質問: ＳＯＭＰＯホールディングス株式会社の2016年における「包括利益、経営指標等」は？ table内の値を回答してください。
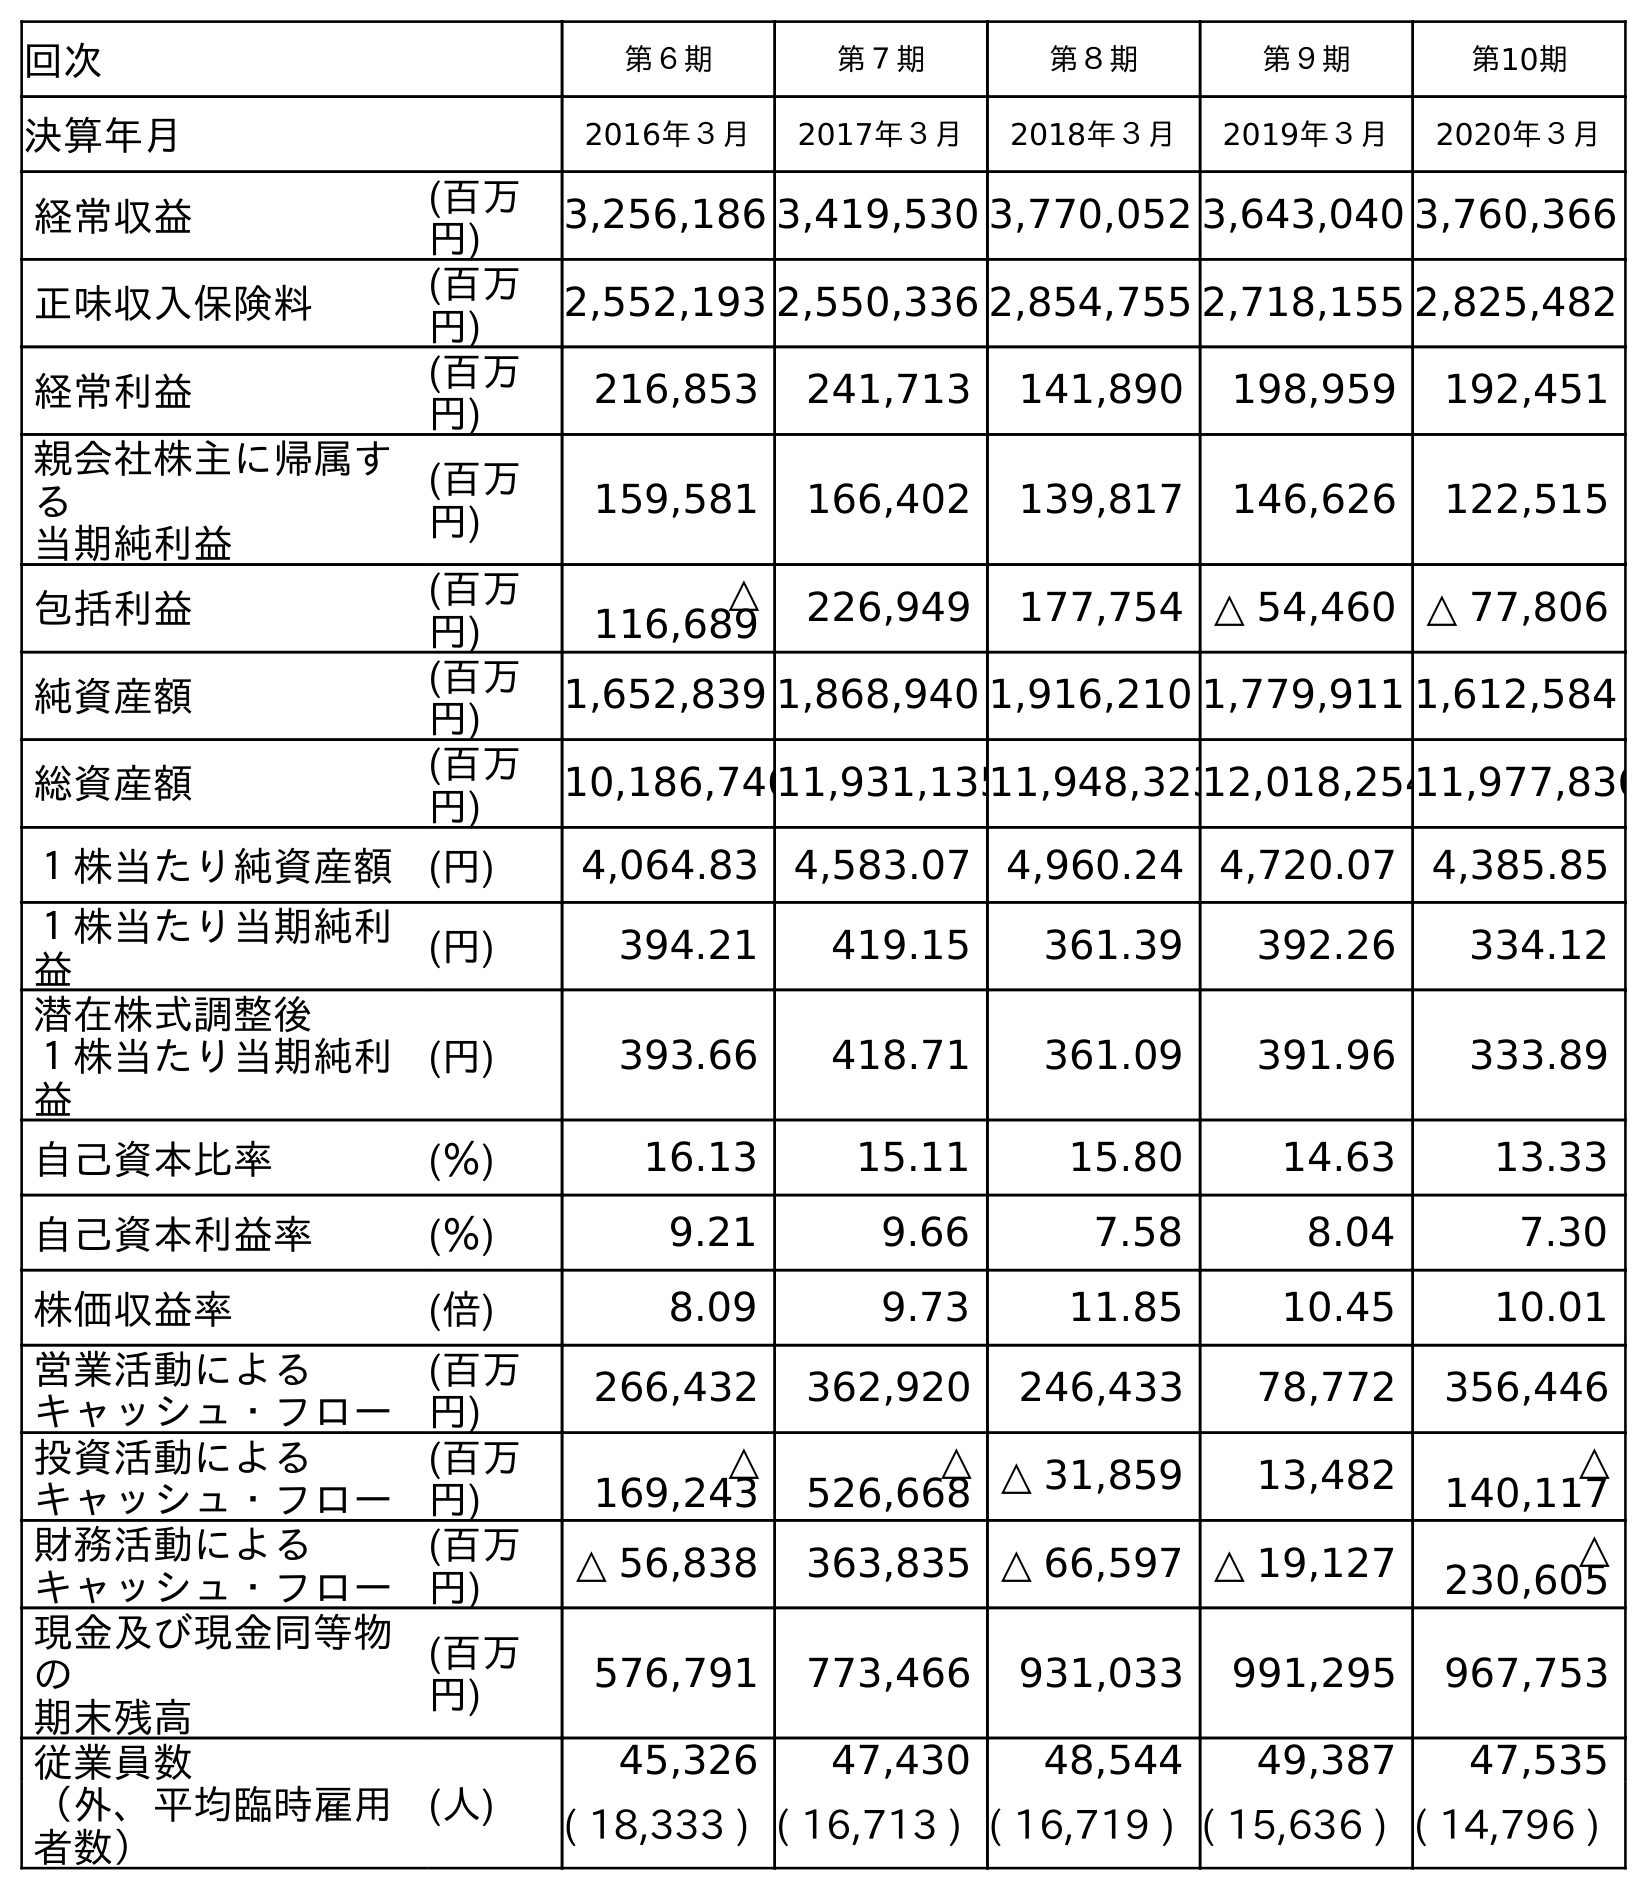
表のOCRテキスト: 回次 第６期 第７期 第８期 第９期 第10期 決算年月 2016年３月 2017年３月 2018年３月 2019年３月 2020年３月 経常収益 (百万 円) 3,256,186 3,419,530 3,770,052 3,643,040 3,760,366 正味収入保険料 (百万 円) 2,552,193 2,550,336 2,854,755 2,718,155 2,825,482 経常利益 (百万 円) 216,853 241,713 141,890 198,959 192,451 親会社株主に帰属す る 当期純利益 (百万 円) 159,581 166,402 139,817 146,626 122,515 包括利益 (百万 円) △ 116,689 226,949 177,754 △ 54,460 △ 77,806 純資産額 (百万 円) 1,652,839 1,868,940 1,916,210 1,779,911 1,612,584 総資産額 (百万 円) 10,186,74611,931,13511,948,32312,018,25411,977,836 １株当たり純資産額 (円) 4,064.83 4,583.07 4,960.24 4,720.07 4,385.85 １株当たり当期純利 益 (円) 394.21 419.15 361.39 392.26 334.12 潜在株式調整後 １株当たり当期純利 益 (円) 393.66 418.71 361.09 391.96 333.89 自己資本比率 (％) 16.13 15.11 15.80 14.63 13.33 自己資本利益率 (％) 9.21 9.66 7.58 8.04 7.30 株価収益率 (倍) 8.09 9.73 11.85 10.45 10.01 営業活動による キャッシュ・フロー (百万 円) 266,432 362,920 246,433 78,772 356,446 投資活動による キャッシュ・フロー (百万 円) △ 169,243 △ 526,668 △ 31,859 13,482 △ 140,117 財務活動による キャッシュ・フロー (百万 円) △ 56,838 363,835 △ 66,597 △ 19,127 △ 230,605 現金及び現金同等物 の 期末残高 (百万 円) 576,791 773,466 931,033 991,295 967,753 従業員数 (人) 45,326 47,430 48,544 49,387 47,535 （外、平均臨時雇用 者数） ( 18,333 ) ( 16,713 ) ( 16,719 ) ( 15,636 ) ( 14,796 )
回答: △116,689